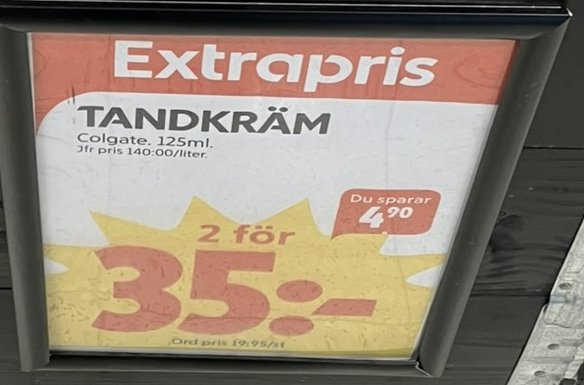
Vara: Tandkräm
Genomsnittspris: 140 per L